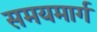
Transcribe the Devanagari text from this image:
समयमार्ग